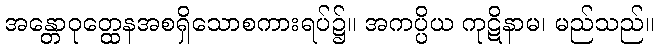
အန္တောဝုတ္ထေနအစရှိသောစကားရပ်၌။ အကပ္ပိယ ကုဋိနာမ၊ မည်သည်။